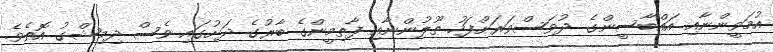
އުމަވީންނާއި އައްބާސީންގެ ދުވަސްވަރަށްފަހު ޠޫލުންނާއި ފާތިމީންގެ ބާރުގެ ދަށުގައި ވެސް ދިމިޝްގު އޮތެވެ.